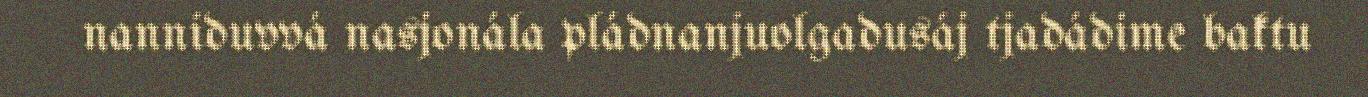
nanniduvvá nasjonála pládnanjuolgadusáj tjadádime baktu